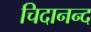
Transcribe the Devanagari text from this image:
चिदानन्‍द